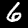
Digit: 6